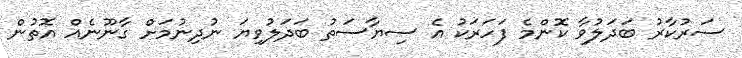
ސަރުކާރު ބަދަލުވާ ކޮންމެ ފަހަރަކު އެ ސިޔާސަތު ބަދަލުވިޔަ ނުދިނުމަށް ގާނޫނެއް އޮތުން